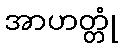
အာဟတ္တုံ